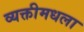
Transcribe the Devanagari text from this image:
व्यक्तीमधला